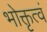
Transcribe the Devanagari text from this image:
भोक्तृत्वं